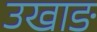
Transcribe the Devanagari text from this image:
उखाङ